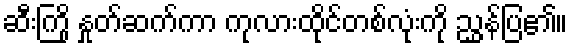
ဆီးကြို နှုတ်ဆက်ကာ ကုလားထိုင်တစ်လုံးကို ညွှန်ပြ၏။